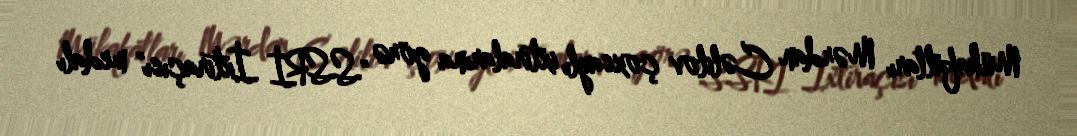
Mükafatları Mərdan Cəlilov çoxsaylı ixtiralarına görə "SSRİ İxtiraçısı" medalı